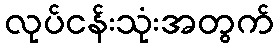
လုပ်ငန်းသုံးအတွက်